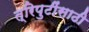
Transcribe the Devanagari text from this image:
त्रिपुटींसाठी